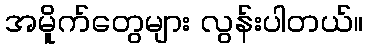
အမိူက်တွေများ လွန်းပါတယ်။